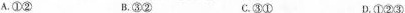
A.①② B.③② C.③① D.①②③